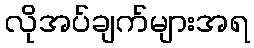
လိုအပ်ချက်များအရ